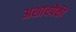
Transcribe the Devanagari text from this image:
अशाचपैकी